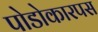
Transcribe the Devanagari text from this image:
पोडोकारपस